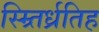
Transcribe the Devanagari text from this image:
स्म्र्तिर्ध्रतिह